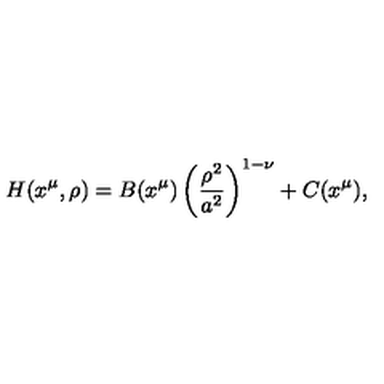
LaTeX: H ( x ^ { \mu } , \rho ) = B ( x ^ { \mu } ) \left( { \frac { \rho ^ { 2 } } { a ^ { 2 } } } \right) ^ { 1 - \nu } + C ( x ^ { \mu } ) ,